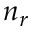
n _ { r }